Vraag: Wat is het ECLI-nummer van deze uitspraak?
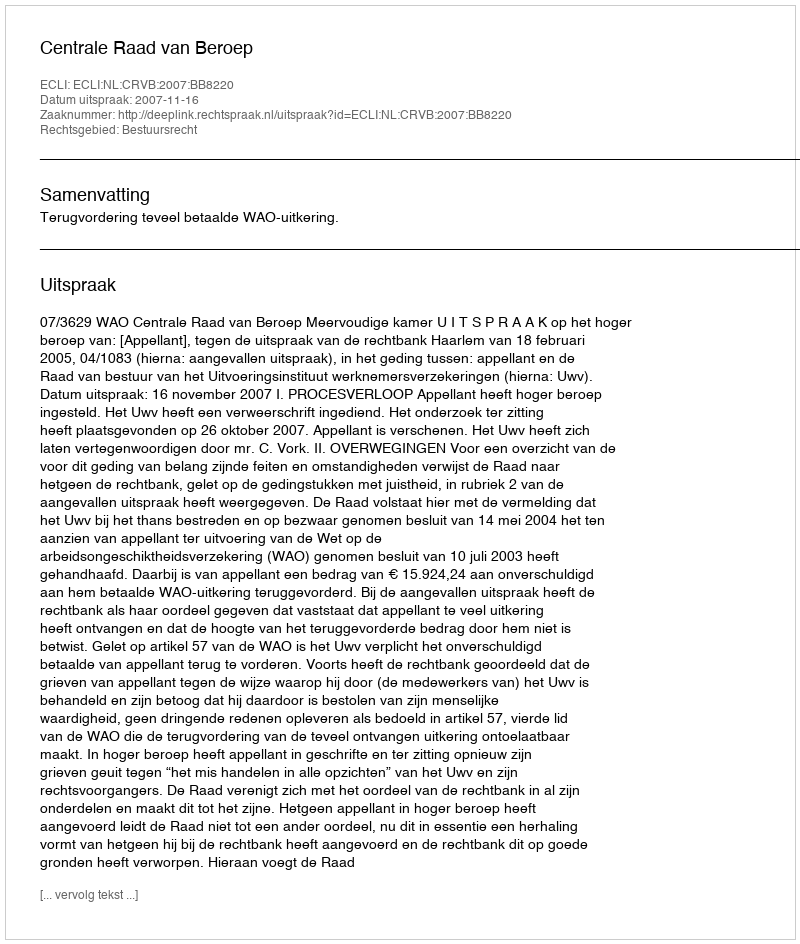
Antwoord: ECLI:NL:CRVB:2007:BB8220